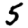
Digit: 5